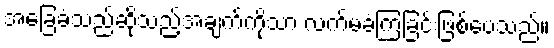
အခြေခံသည်ဆိုသည့်အချက်ကိုသာ လက်မခံကြခြင်းဖြစ်ပေသည်။